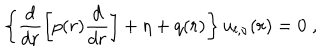
\left\{ \frac { d } { d r } \left[ p ( r ) \frac { d } { d r } \right] + \eta + q ( r ) \right\} u _ { l , \nu } ( r ) = 0 \; ,